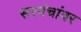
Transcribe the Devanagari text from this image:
सरपंचांवर